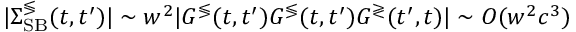
\begin{array} { r } { | \Sigma _ { \mathrm { S B } } ^ { \lessgtr } ( t , t ^ { \prime } ) | \sim w ^ { 2 } | G ^ { \lessgtr } ( t , t ^ { \prime } ) G ^ { \lessgtr } ( t , t ^ { \prime } ) G ^ { \gtrless } ( t ^ { \prime } , t ) | \sim O ( w ^ { 2 } c ^ { 3 } ) } \end{array}